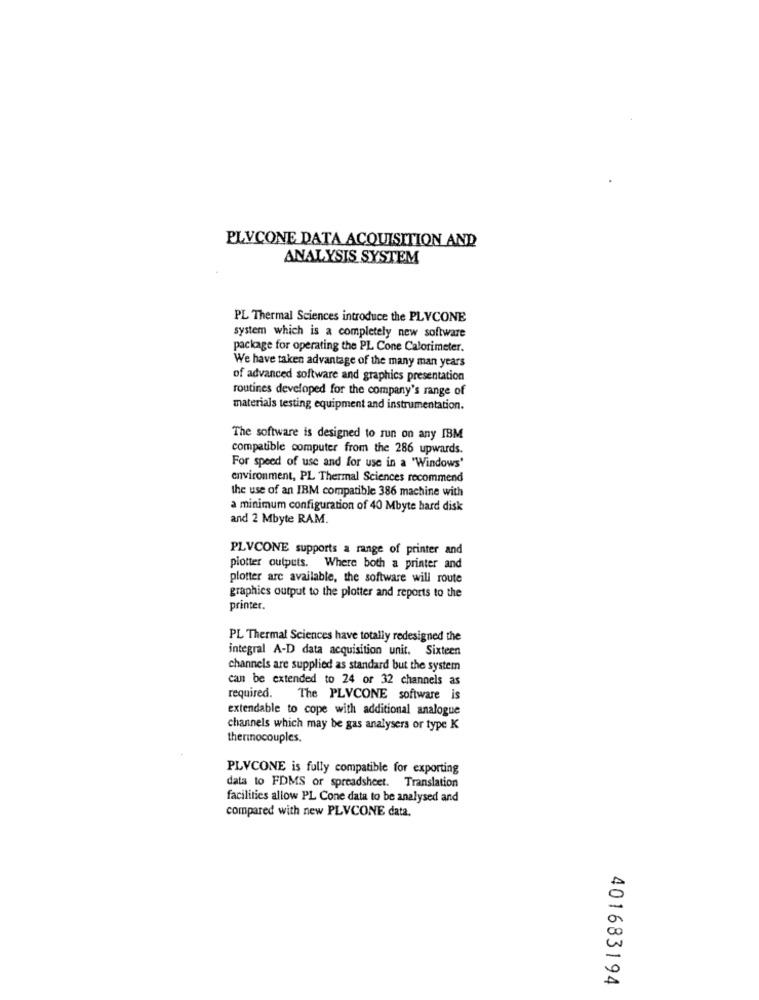
PLYCONE DATA ACQUISITION AND
ANALYSIS SYSTEM
PL Thermal Sciences introduce the PLVCONE
system which is a completely new software
package for operating the PL Cone Calorimeter.
We have taken advantage of the many man years
of advanced software and graphics presentation
routines developed for the company's range of
materials testing equipment and instrumentation.
The software is designed to run on any IBM
compatible computer from the 286 upwards.
For speed of use and for use in a "Windows'
environment, PL Thermal Sciences recommend
the use of an IBM compatible 386 machine with
a minimum configuration of 40 Mbyte hard disk
and 2 Mbyte RAM.
PLVCONE supports a range of printer and
plotter outputs. Where both a printer and
plotter are available, the software will route
graphics output to the plotter and reports to the
printer.
PL Thermal Sciences have totally redesigned the
integral A-D data acquisition unit. Sixteen
channels are supplied as standard but the system
can be extended to 24 or 32 channels as
required.
The PLVCONE software is
extendable to cope with additional analogue
channels which may be gas analysers or type K
thermocouples.
PLVCONE is fully compatible for exporting
data to FDMS or spreadsheet. Translation
facilities allow PL Cone data to be analysed and
compared with new PLVCONE data.
401683194